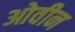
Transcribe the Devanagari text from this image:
ओवीन